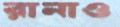
রানাও